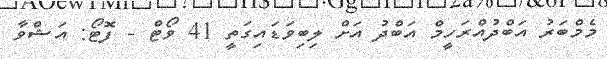
މެމްބަރު އަބްދުއްރަހީމް އަބްދު އަށް ލިބިވަޑައިގަތީ 41 ވޯޓް - ފޮޓޯ: އަޝްވާ